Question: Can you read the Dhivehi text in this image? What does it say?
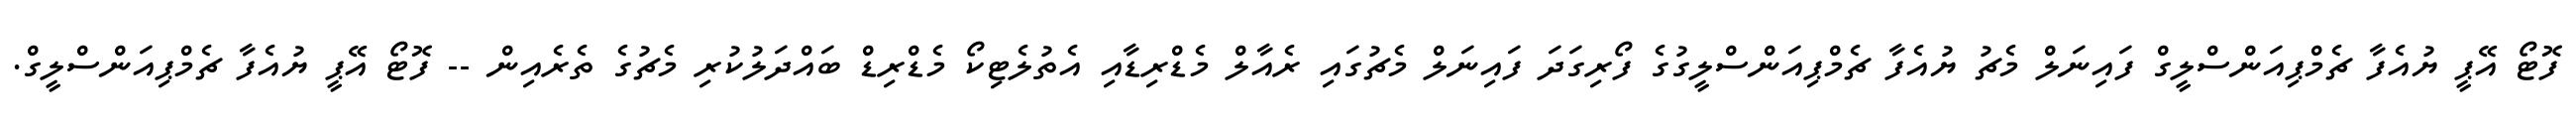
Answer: ފޮޓޯ އޭޕީ ޔުއެފާ ޗެމްޕިއަންސްލީގް ފައިނަލް މެޗު ޔުއެފާ ޗެމްޕިއަންސްލީގުގެ ފޯރިގަދަ ފައިނަލް މެޗުގައި ރެއާލް މެޑްރިޑާއި އެތުލެޓިކޯ މެޑްރިޑް ބައްދަލުކުރި މެޗުގެ ތެރެއިން -- ފޮޓޯ އޭޕީ ޔުއެފާ ޗެމްޕިއަންސްލީގް.